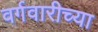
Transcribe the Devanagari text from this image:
वर्गवारीच्या